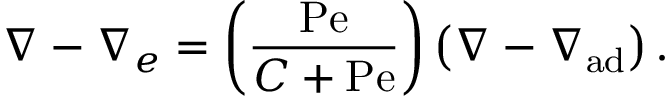
\nabla - \nabla _ { e } = \left( { \frac { \mathrm { P e } } { C + \mathrm { P e } } } \right) \left( \nabla - \nabla _ { \mathrm { a d } } \right) .